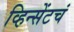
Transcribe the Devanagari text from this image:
व्हिन्सेंटचं